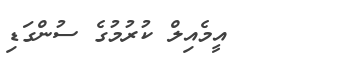
އީމެއިލް ކުރުމުގެ ސުންގަޑި